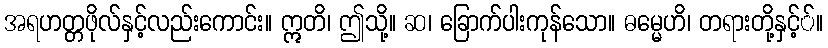
အရဟတ္တဖိုလ်နှင့်လည်းကောင်း။ ဣတိ၊ ဤသို့။ ဆ၊ ခြောက်ပါးကုန်သော။ ဓမ္မေဟိ၊ တရားတို့နှင့််။